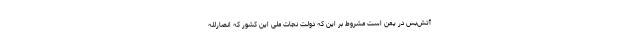
آتش‌بس در یمن است مشروط بر این که دولت نجات ملی این کشور که انصارلله